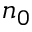
n _ { 0 }